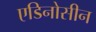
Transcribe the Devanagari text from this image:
एडिनोसीन